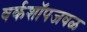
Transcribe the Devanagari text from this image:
वर्कशॉपजवळ